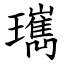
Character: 㼇